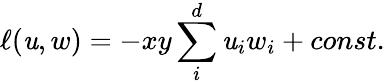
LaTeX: \ell(\mathit{u},w)=-{xy}\sum_{i}^{d}\mathit{u}_{i}w_{i}+const.